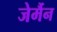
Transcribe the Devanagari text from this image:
जेर्मैन